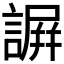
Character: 𧫮